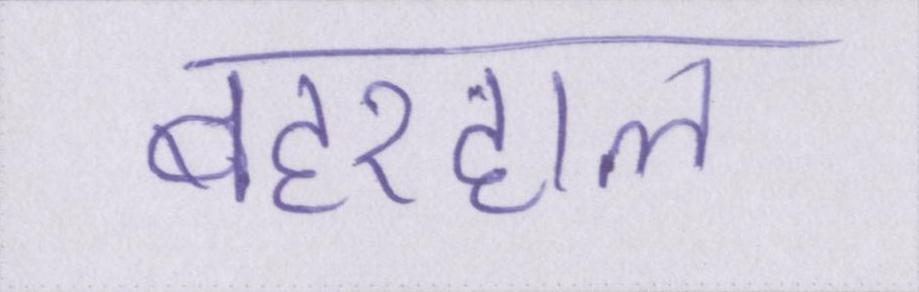
बहरहाल